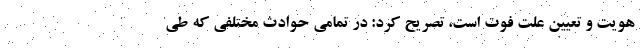
هویت و تعیین علت فوت است، تصریح کرد: در تمامی حوادث مختلفی که طی